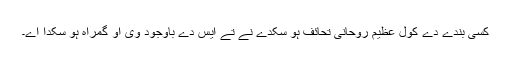
کسی بندے دے کول عظیم روحانی تحائف ہو سکدے نے تے ایس دے باوجود وی اُو گمراہ ہو سکدا اے۔